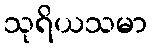
သုရိယသမာ